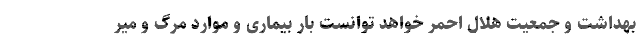
بهداشت و جمعیت هلال احمر خواهد توانست بار بیماری و موارد مرگ و میر